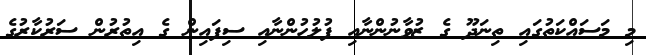
މި މަސައްކަތުގައި ތިނަދޫ ގެ ޒުވާނުންނާއި ފުލުހުންނާއި ސިފައިން ގެ އިތުރުން ސަރުކާރުގެ